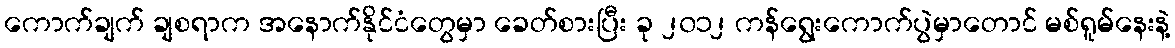
ကောက်ချက် ချစရာက အနောက်နိုင်ငံတွေမှာ ခေတ်စားပြီး ခု ၂၀၁၂ ကန်ရွေးကောက်ပွဲမှာတောင် မစ်ရူမ်နေးနဲ့